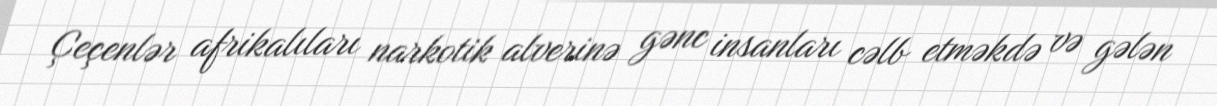
Çeçenlər afrikalıları narkotik alverinə gənc insanları cəlb etməkdə və gələn